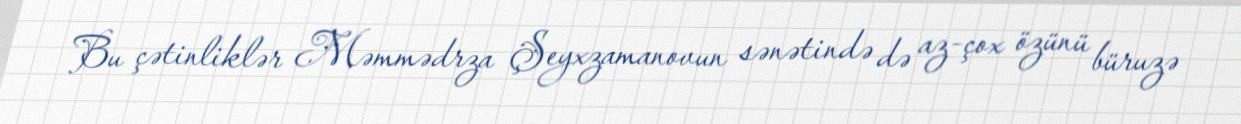
Bu çətinliklər Məmmədrza Şeyxzamanovun sənətində də az-çox özünü büruzə